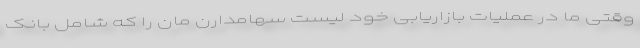
وقتی ما در عملیات بازاریابی خود لیست سهامدارن مان را که شامل بانک